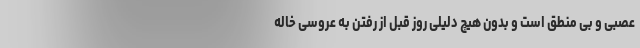
عصبی و بی منطق است و بدون هیچ دلیلی روز قبل از رفتن به عروسی خاله